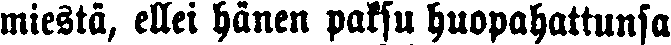
miestä, ellei hänen paksu huopahattunsa